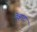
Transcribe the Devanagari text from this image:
नेव्हादा